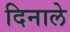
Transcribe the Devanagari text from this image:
दिनाले